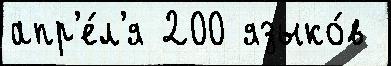
апр'е́л'я 200 языко́в